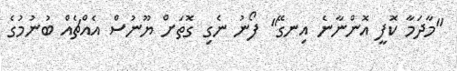
"މާދަމާ ކޮފީ އޮންނާނެ އިނގޭ" ފޯނު ނެގި ގޮތަށް ޔޫނުސް އެއްޗެއް ބުނުމުގެ